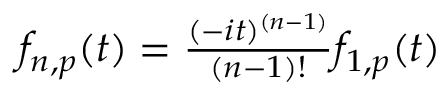
\begin{array} { r } { f _ { n , p } ( t ) = \frac { ( - i t ) ^ { ( n - 1 ) } } { ( n - 1 ) ! } f _ { 1 , p } ( t ) } \end{array}